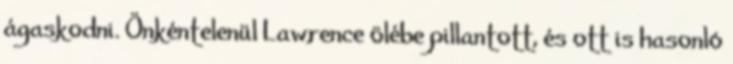
ágaskodni. Önkéntelenül Lawrence ölébe pillantott, és ott is hasonló